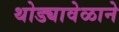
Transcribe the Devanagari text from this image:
थोड्यावेळाने